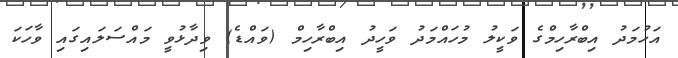
އަހުމަދު އިބްރާހިމްގެ ވަކީލު މުހައްމަދު ވަހީދު އިބްރާހިމް (ވައްޑެ) ވިދާޅުވީ މައްސަލައިގައި ވާހަކަ